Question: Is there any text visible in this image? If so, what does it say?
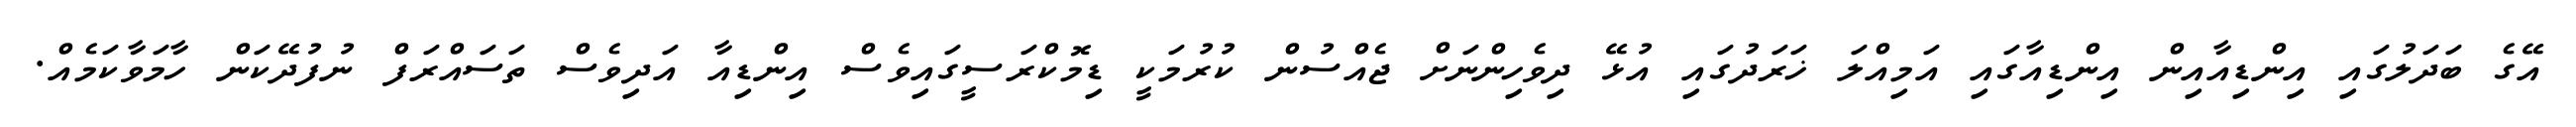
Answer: އޭގެ ބަދަލުގައި އިންޑިއާއިން އިންޑިއާގައި އަމިއްލަ ޚަރަދުގައި އުޅޭ ދިވެހިންނަށް ޖެއްސުން ކުރުމަކީ ޑިމޮކްރަސީގައިވެސް އިންޑިއާ އަދިވެސް ތަސައްރަފް ނުފުދޭކަން ހާމަވާކަމެއް.